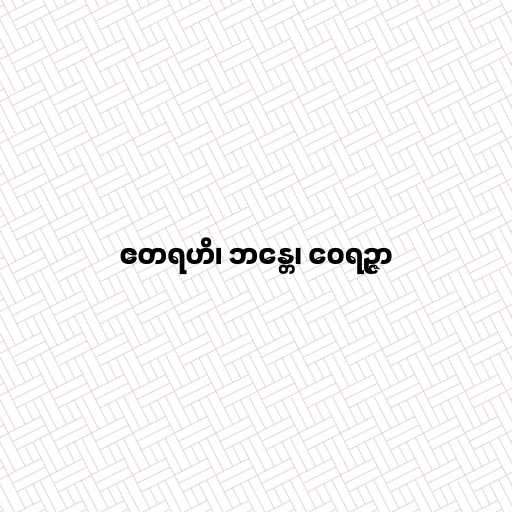
ဧတရဟိ၊ ဘန္တေ၊ ဝေရဉ္ဇာ